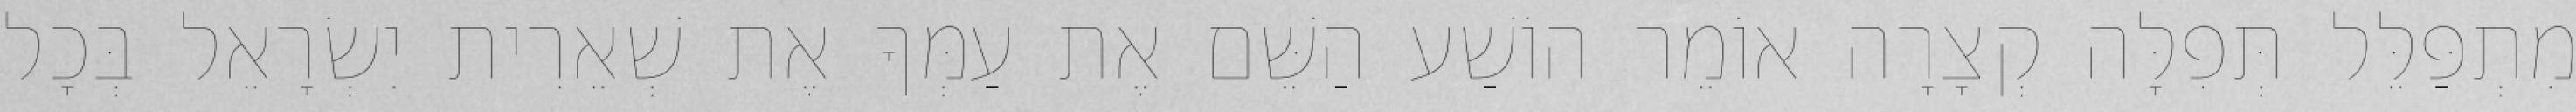
מִתְפַּלֵּל תְּפִלָּה קְצָרָה אוֹמֵר הוֹשַׁע הַשֵּׁם אֶת עַמְּךָ אֶת שְׁאֵרִית יִשְׂרָאֵל בְּכָל